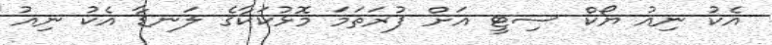
އެކު ނިއު ޔޯކް ސިޓީ އަށް ފުރަތަމަ މޮޅުކަކާގެ ލަނޑާ އެކު ނިއު